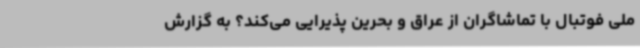
ملی فوتبال با تماشاگران از عراق و بحرین پذیرایی می‌کند؟ به گزارش